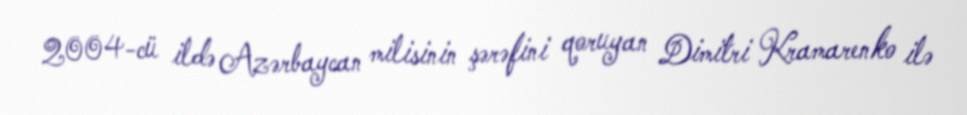
2004-cü ildə Azərbaycan milisinin şərəfini qoruyan Dimitri Kramarenko ilə